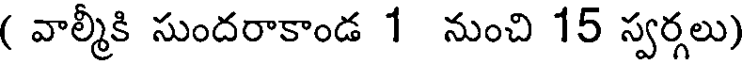
( వాల్మీకి సుందరాకాండ 1 నుంచి 15 స్వర్గలు)